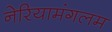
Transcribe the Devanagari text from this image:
नेरियामंगलम